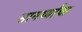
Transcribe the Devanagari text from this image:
सामर्थ्यांचा